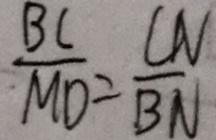
\frac { B C } { M D } = \frac { C N } { B N }